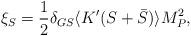
LaTeX: \begin{align*}\xi_S = {1 \over 2} \delta_{GS} \langle K'(S + \bar S)\rangle M^2_P,\end{align*}